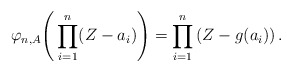
\begin{align*}\varphi_{n, A} \Bigg(\prod_{i=1}^n (Z - a_i)\Bigg) = \prod_{i=1}^n \left(Z -g(a_i)\right).\end{align*}